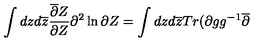
\int d z d \overline { { z } } \frac { \overline { { \partial } } Z } { \partial Z } \partial ^ { 2 } \ln \partial Z = \int d z d \overline { { z } } T r ( \partial g g ^ { - 1 } \overline { { \partial } }